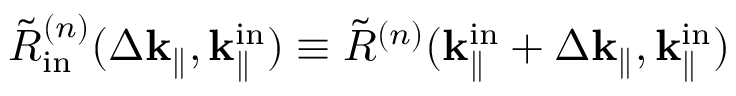
\Tilde { R } _ { \mathrm { i n } } ^ { ( n ) } ( \Delta \mathbf { k } _ { \parallel } , \mathbf { k } _ { \parallel } ^ { \mathrm { i n } } ) \equiv \Tilde { R } ^ { ( n ) } ( \mathbf { k } _ { \parallel } ^ { \mathrm { i n } } + \Delta \mathbf { k } _ { \parallel } , \mathbf { k } _ { \parallel } ^ { \mathrm { i n } } )